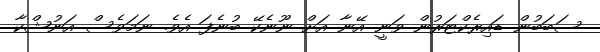
ސަބަބުން ޑައިރެކްޓަރުން ވަނީ އޭނާ އަށް ނޫނެކޭ ބުނެފަ އެވެ. ނަމަވެސް އަނުޝްކާ